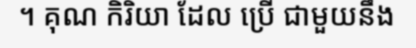
។ គុណ កិរិយា ដែល ប្រើ ជាមួយនឹង